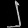
Digit: ၂